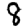
Digit: 8